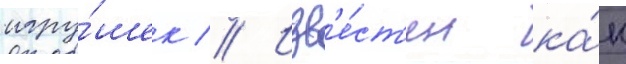
игру́шек // Изв'е́ст'ен ка́к